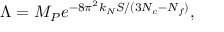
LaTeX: \Lambda = M _ { P } e ^ { - 8 \pi ^ { 2 } k _ { N } S / ( 3 N _ { c } - N _ { f } ) } ,